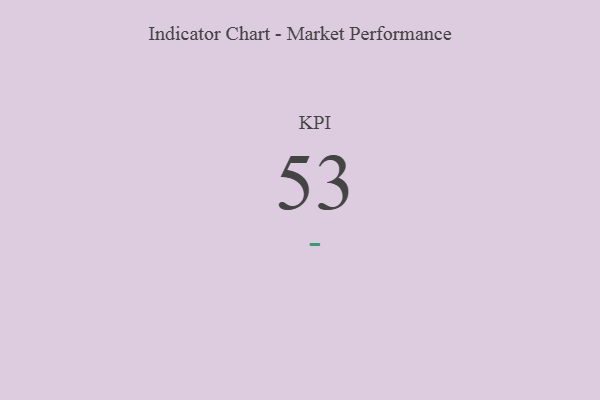
{"axis": {"x": "KPI", "y": "Value"}, "legend": [""], "data": [{"x": "KPI", "y": 53, "type": ""}]}